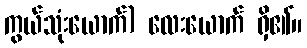
ကွယ်သုံးယောက်) လေးယောက် ရှိ၏။